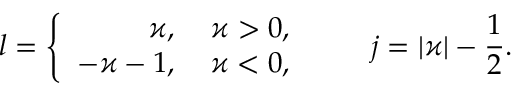
l = \left\{ \begin{array} { r l } { \varkappa , } & { { } \: \varkappa > 0 , } \\ { - \varkappa - 1 , } & { { } \: \varkappa < 0 , } \end{array} \right. \qquad j = | \varkappa | - \frac { 1 } { 2 } .